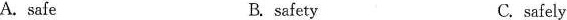
A. safe B. safety C. safely